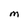
Character: M